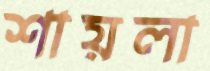
শায়লা